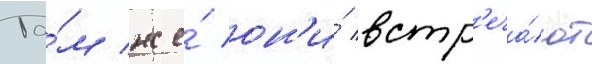
Та́м же́ он'и́ встр'еча́ют